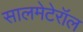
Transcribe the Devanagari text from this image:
सालमेटेरॉल